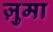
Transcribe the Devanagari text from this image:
ज़ुमा